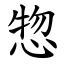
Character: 惣